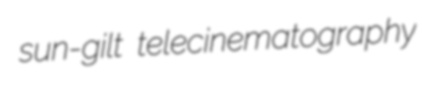
sun-gilt telecinematography